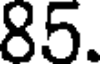
85.